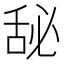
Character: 𰯾